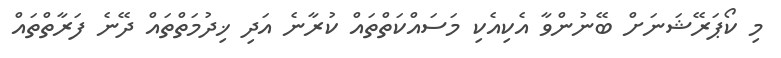
މި ކޯޕަރޭޝަނަށް ބޭނުންވާ އެކިއެކި މަސައްކަތްތައް ކުރާނެ އަދި ޚިދުމަތްތައް ދޭނެ ފަރާތްތައް